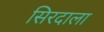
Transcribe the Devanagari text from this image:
सिरदाला